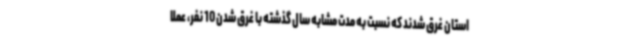
استان غرق شدند که نسبت به مدت مشابه سال گذشته با غرق شدن 10 نفر، عملا